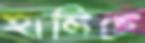
হালিচে